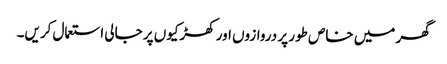
گھر میں خاص طور پر دروازوں اور کھڑکیوں پر جالی استعمال کریں۔